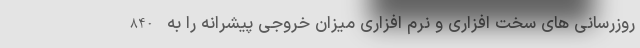
روزرسانی های سخت افزاری و نرم افزاری میزان خروجی پیشرانه را به 840